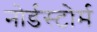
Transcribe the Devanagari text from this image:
नोर्डस्टोर्म